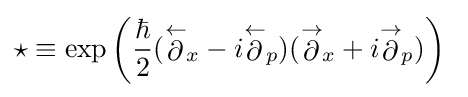
\star \equiv \exp \left({\frac {\hbar }{2}}({\stackrel {\leftarrow }{\partial }}_{x}-i{\stackrel {\leftarrow }{\partial }}_{p})({\stackrel {\rightarrow }{\partial }}_{x}+i{\stackrel {\rightarrow }{\partial }}_{p})\right)~